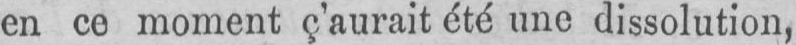
en ce moment c’aurait été une dissolution,